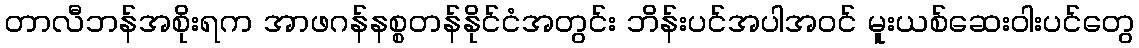
တာလီဘန်အစိုးရက အာဖဂန်နစ္စတန်နိုင်ငံအတွင်း ဘိန်းပင်အပါအဝင် မူးယစ်ဆေးဝါးပင်တွေ